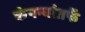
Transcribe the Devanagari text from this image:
कंपन्यांतर्फे